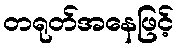
တရုတ်အနေဖြင့်